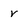
Character: v